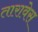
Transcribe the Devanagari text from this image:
तारावेस